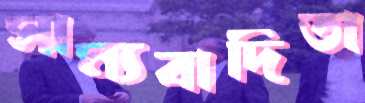
সাম্যবাদিতা